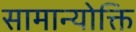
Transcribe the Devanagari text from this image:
सामान्योक्ति